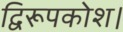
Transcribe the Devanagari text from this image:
द्विरूपकोश।